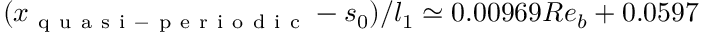
( x _ { \mathrm { ~ q ~ u ~ a ~ s ~ i ~ - ~ p ~ e ~ r ~ i ~ o ~ d ~ i ~ c ~ } } - s _ { 0 } ) / l _ { 1 } \simeq 0 . 0 0 9 6 9 R e _ { b } + 0 . 0 5 9 7